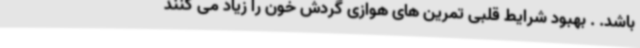
باشد. . بهبود شرایط قلبی تمرین های هوازی گردش خون را زیاد می کنند